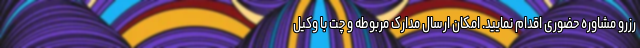
رزرو مشاوره حضوری اقدام نمایید. امکان ارسال مدارک مربوطه و چت با وکیل